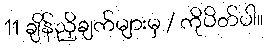
11 ချိန်ညှိချက်များမှ / ကိုပိတ်ပါ။